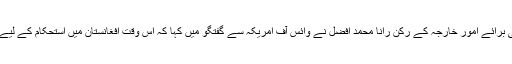
حکمران جماعت مسلم لیگ (ن) کے رکن قومی اسمبلی اور قائمہ کمیٹی برائے اُمور خارجہ کے رکن رانا محمد افضل نے وائس آف امریکہ سے گفتگو میں کہا کہ اس وقت افغانستان میں استحکام کے لیے ضروری ہے کہ وہاں کچھ عرصہ مزید امریکی فورسز موجود رہیں۔